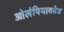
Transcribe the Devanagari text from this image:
ओलंपियाकोज